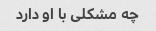
چه مشکلی با او دارد